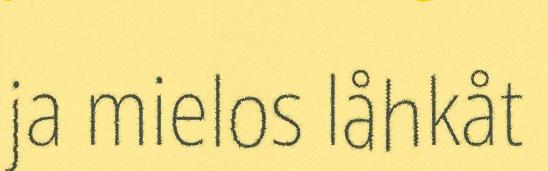
ja mielos låhkåt